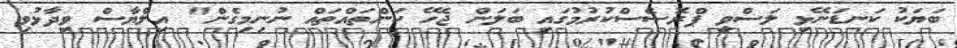
ބަޔަކު ކަނޑަނޭޅި ލަސްވީ ޕްރޮސެސްކުރުމުގައި ބަލަން ޖެހޭ ކަންތައްތައް ނުނިމިގެން" އިލްޔާސް ވިދާޅުވި